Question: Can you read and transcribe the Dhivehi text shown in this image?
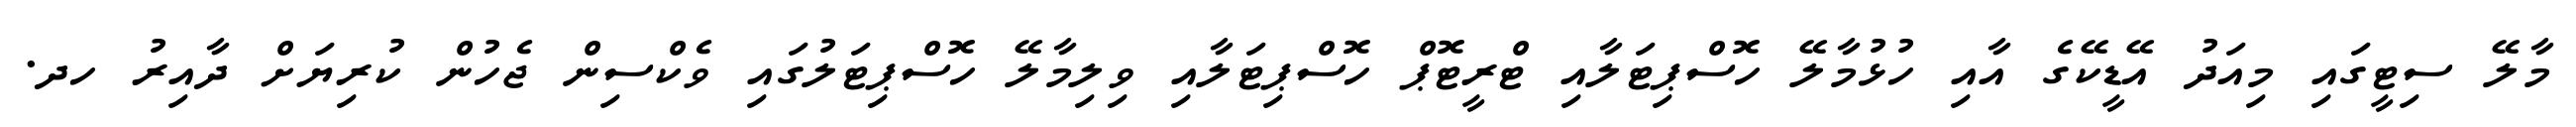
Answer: މާލޭ ސިޓީގައި މިއަދު އޭޑީކޭގެ އާއި ހުޅުމާލޭ ހޮސްޕިޓަލާއި ޓްރީޓޮޕް ހޮސްޕިޓަލާއި ވިލިމާލޭ ހޮސްޕިޓަލުގައި ވެކްސިން ޖެހުން ކުރިޔަށް ދާއިރު ހދ.